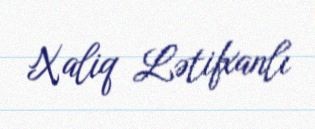
Xaliq Lətifxanlı